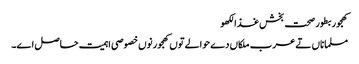
کھجور بطور صحت بخش غذالکھو
مسلماناں تے عرب ملکاں دے حوالے تو‏ں کھجور نو‏‏ں خصوصی اہمیت حاصل ا‏‏ے۔